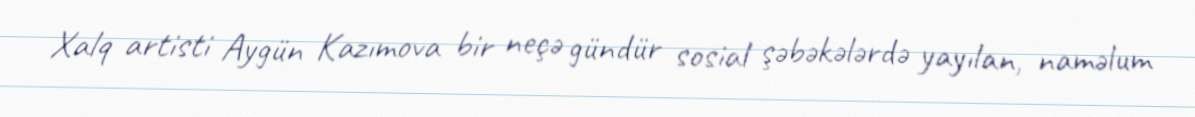
Xalq artisti Aygün Kazımova bir neçə gündür sosial şəbəkələrdə yayılan, naməlum